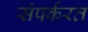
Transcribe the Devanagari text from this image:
संपर्करत